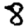
Digit: 8